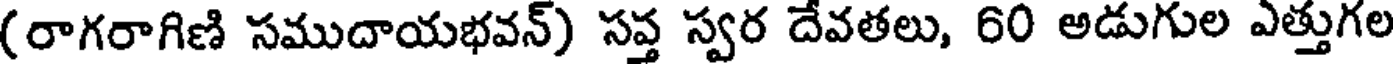
(రాగరాగిణి సముదాయభవన్) సప్త స్వర దేవతలు, 60 అడుగుల ఎత్తుగల